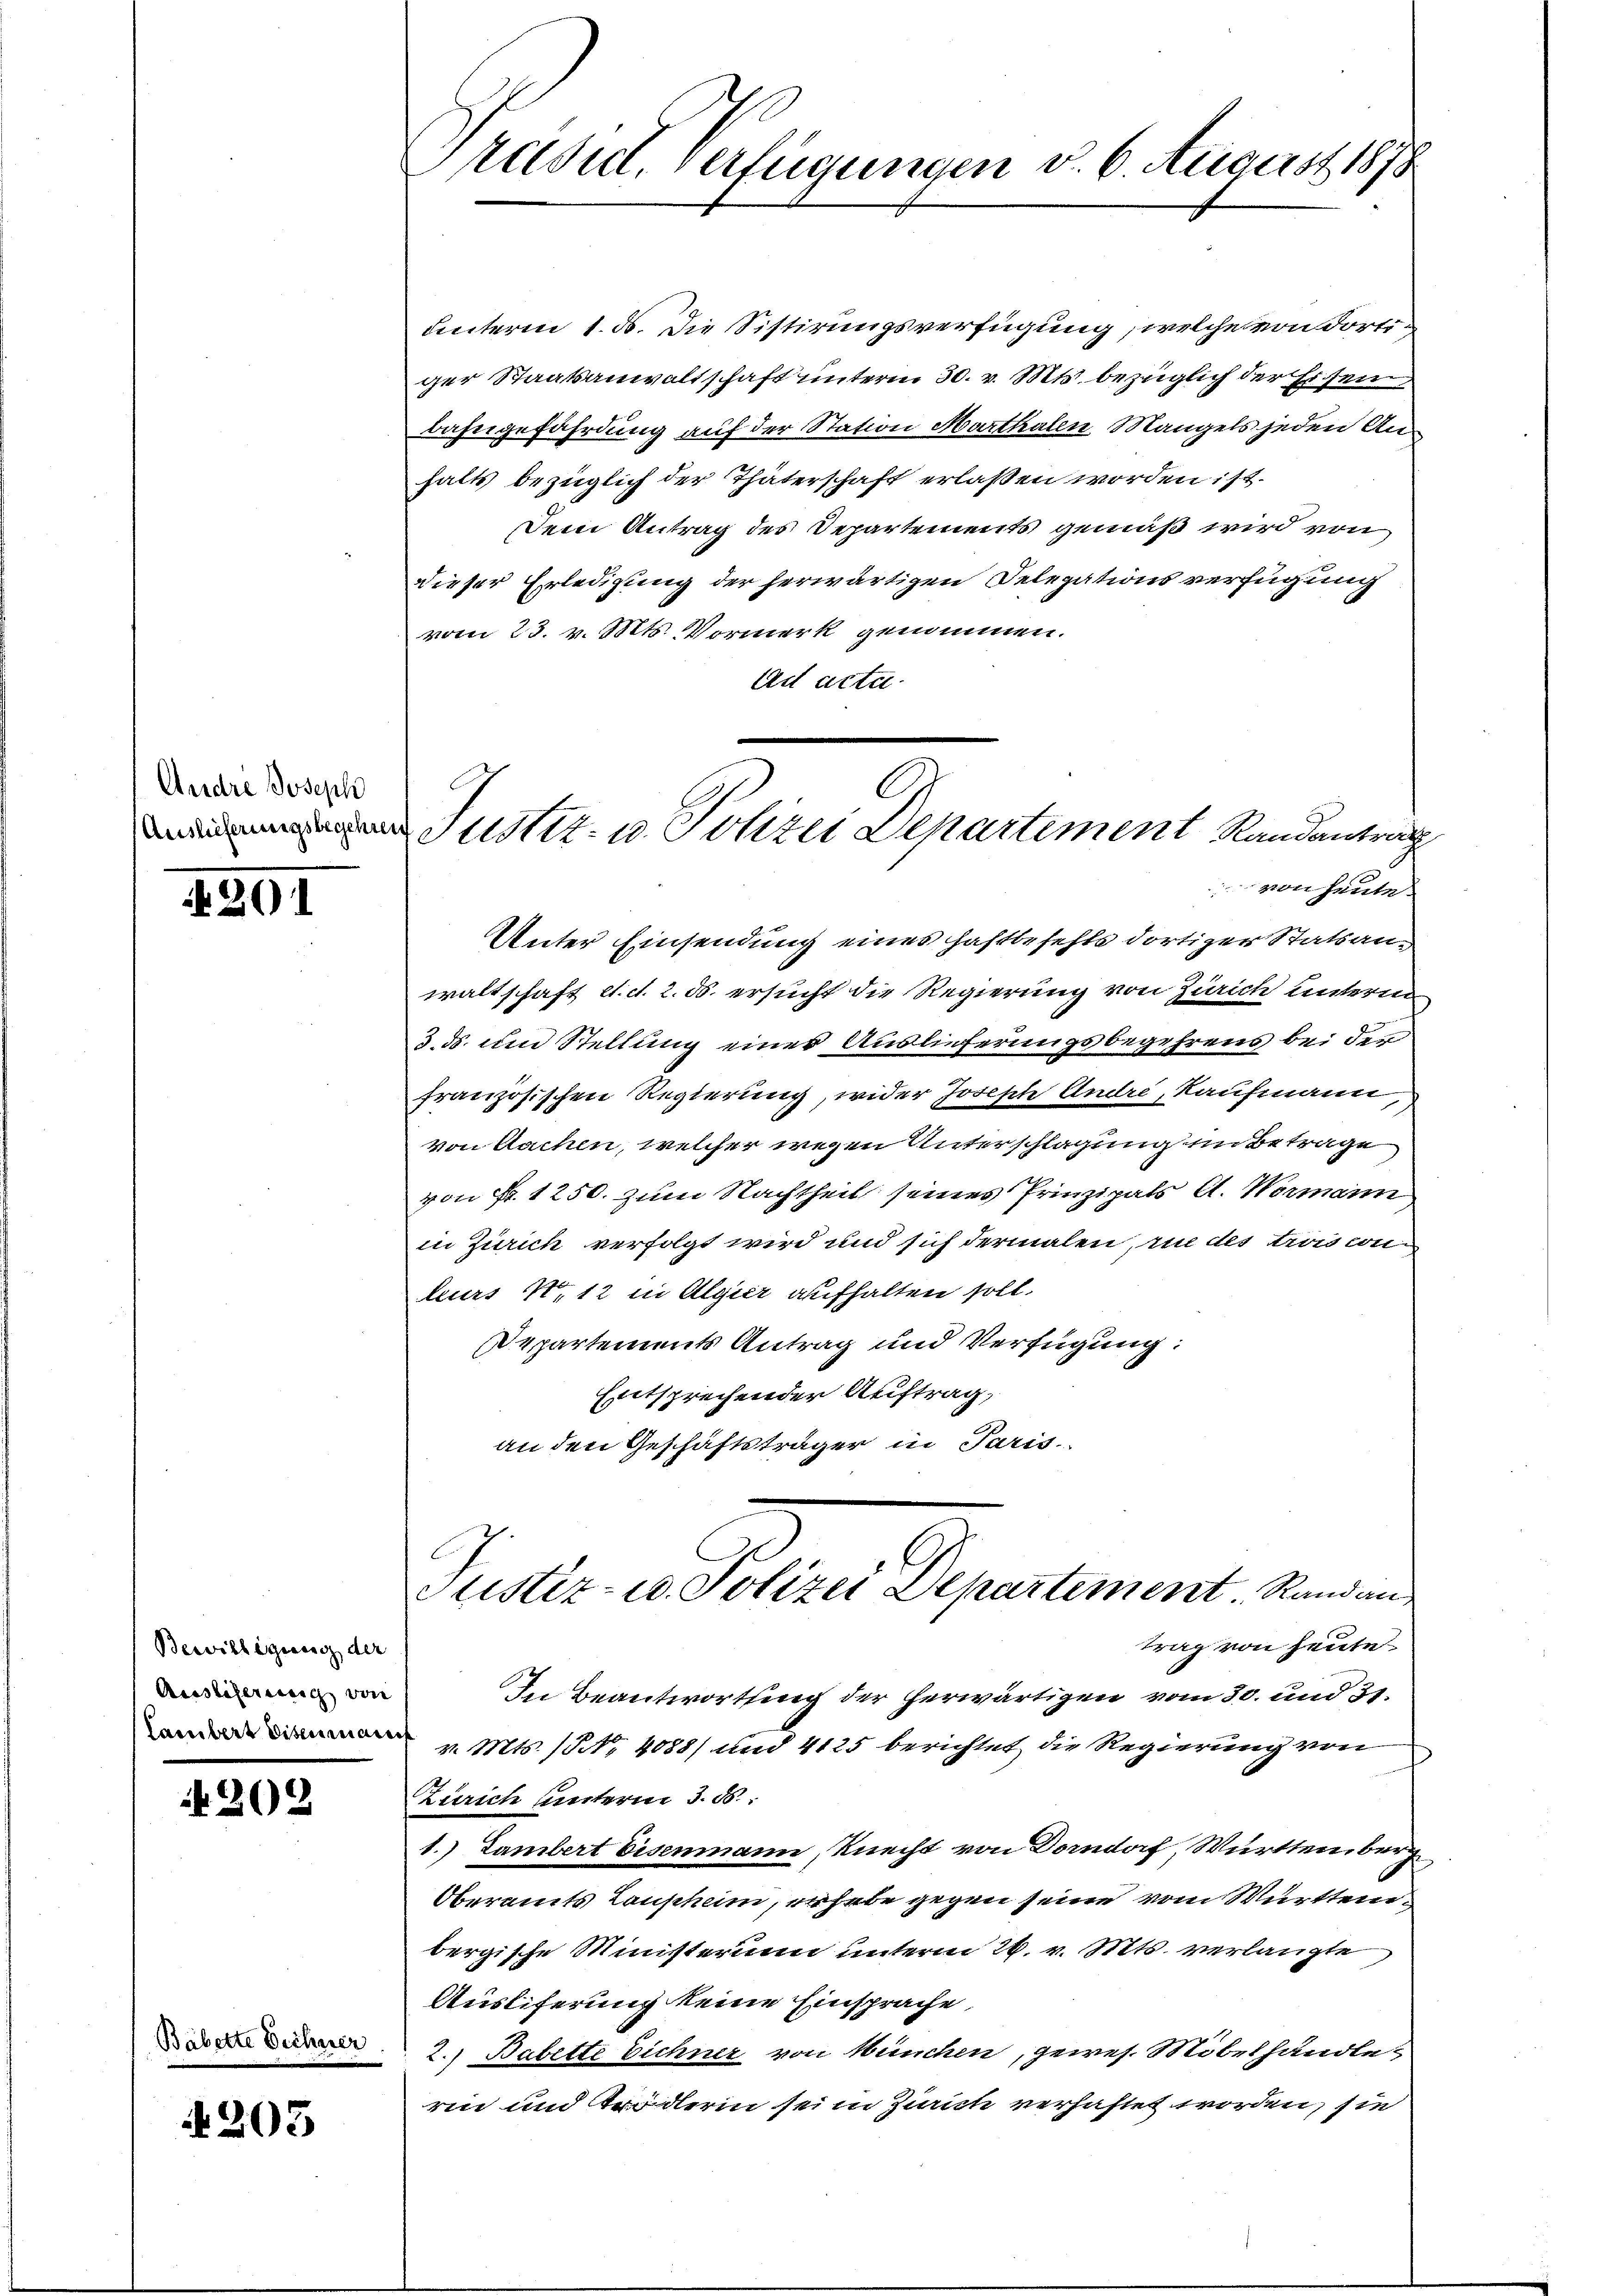
Andre Joseph

391

Bewilligung der
Auslieferung von
lambert disemarit

202

Bäbette Dichner

203

Unterm 1. ds. Die Sistirungsverfügung, welche von dortiger Staatsanwaltschaft unterm 30. v. Mts. bezüglich der Er sein
bahngefährdung auf der Station Marthalen Mangels jeden Anhalts bezüglich der Thäterschaft erlaßen worden ist.
Dem Antrag des Departements gemäß wird von
dieser Erledigung der herwärtigen Delegations verfügung
vom 23. v. Mts. Vormerk genommen.
Ad acta.

Predit, Verfügungen d. 6. August 1878

n Justiz- u. Polizei Departement Randantrag
von heute.

Unter Einsendung eines haftbefehls dortiger Statsan-
waltschaft et. d. 2. ds. ersucht die Regierung von Zürich unterm
3. ds. und Stellung einer Auslieferungsbegehrens bei der
französischen Regierung, wider Joseph Andre, Kaufmann,
von Sachen, welcher wegen Unterschlagung in Betrage
von Fr. 1250. zum Nachtheil seines Prinzipals A. Wermann
in Zürich verfolgt wird und sich dermalen, in des trois conleurs N. 12 in Algier aufhalten soll.
Departements Antrag und Verfügung:
Entsprechender Auftrag,
an den Geschäftsträger in Paris.

E
Sistiz- u. Polizei Departement. Randan

trag von heute
In Beantwortung der herwärtigen vom 30. und 31.
v. Mts. Nr. 4088) und 4125 berichtet die Regierung von
Zürich untern S. 85.
1.) Lambert Eisenmann, Knecht von Dorndorf, Württemberg
Oberamts Laupheim, erhabe gegen seine vom Württembergische Ministerium unterm 26. v. Mts. verlangte
Ausliferung keine Einsprache
2.) Babette Eichner von München, gewes. Möbelhandleren und Trödlerin sei in Zürich verhaftet worden, sie